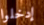
إدخلوا